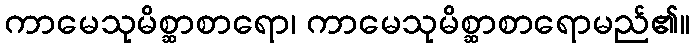
ကာမေသုမိစ္ဆာစာရော၊ ကာမေသုမိစ္ဆာစာရောမည်၏။